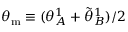
\theta _ { \mathrm { m } } \equiv ( \theta _ { A } ^ { 1 } + \tilde { \theta } _ { B } ^ { 1 } ) / 2